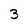
Character: 3